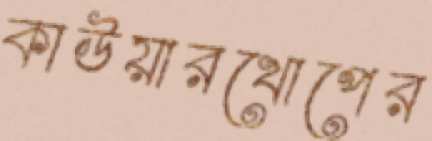
কাউয়ারখোপের